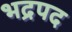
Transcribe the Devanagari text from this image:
भद्रपद